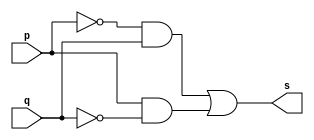
// ------------------------- 
// Exemplo0011 - xor
// Nome: Michelle da Costa Silva
// ------------------------- 

// --------------------- 
// -- xor gate 
// --------------------- 

      module xorgate (output s, input p, input q); 
          assign s = (~p & q)|(p & ~q) ;
      endmodule // xor 

// --------------------- 
// -- test xorgate 
// --------------------- 

       module testxorgate; 

// ------------------------- dados locais 

       reg a,b; // definir registrador 
       wire s; // definir conexao (fio) 

// ------------------------- instancia 

       xorgate XOR1 (s, a, b); 

// ------------------------- preparacao 

       initial begin:start 
            a=0; b=0; 
           end 
				  
// ------------------------- parte principal 
         
			  initial begin:main 
                $display("Exemplo 0011 - Michelle da Costa Silva - 427448"); 
                $display("\nTabela-verdade XOR"); 
                $display("\na b s\n"); 
                  a=0; b=0; 
             #1 $display("%b %b %b", a, b, s); 
                  a=0; b=1; 
             #1 $display("%b %b %b", a, b, s); 
                  a=1; b=0; 
             #1 $display("%b %b %b", a, b, s); 
                  a=1; b=1; 
             #1 $display("%b %b %b", a, b, s); 
			   end 
     endmodule // testxorgate